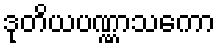
ဒုတိယပဏ္ဏာသကော